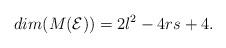
LaTeX: \begin{align*}dim ( M ( \mathcal{E} )) = 2 l^2 - 4 r s + 4.\end{align*}